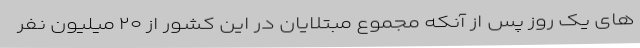
های یک روز پس از آنکه مجموع مبتلایان در این کشور از ۲۰ میلیون نفر